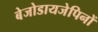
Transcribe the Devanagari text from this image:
बेजोडायजेपिनों